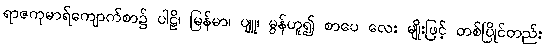
ရာဇကုမာရ်ကျောက်စာ၌ ပါဠိ၊ မြန်မာ၊ ပျူ၊ မွန်ဟူ၍ စာပေ လေး မျိုးဖြင့် တစ်ပြိုင်တည်း